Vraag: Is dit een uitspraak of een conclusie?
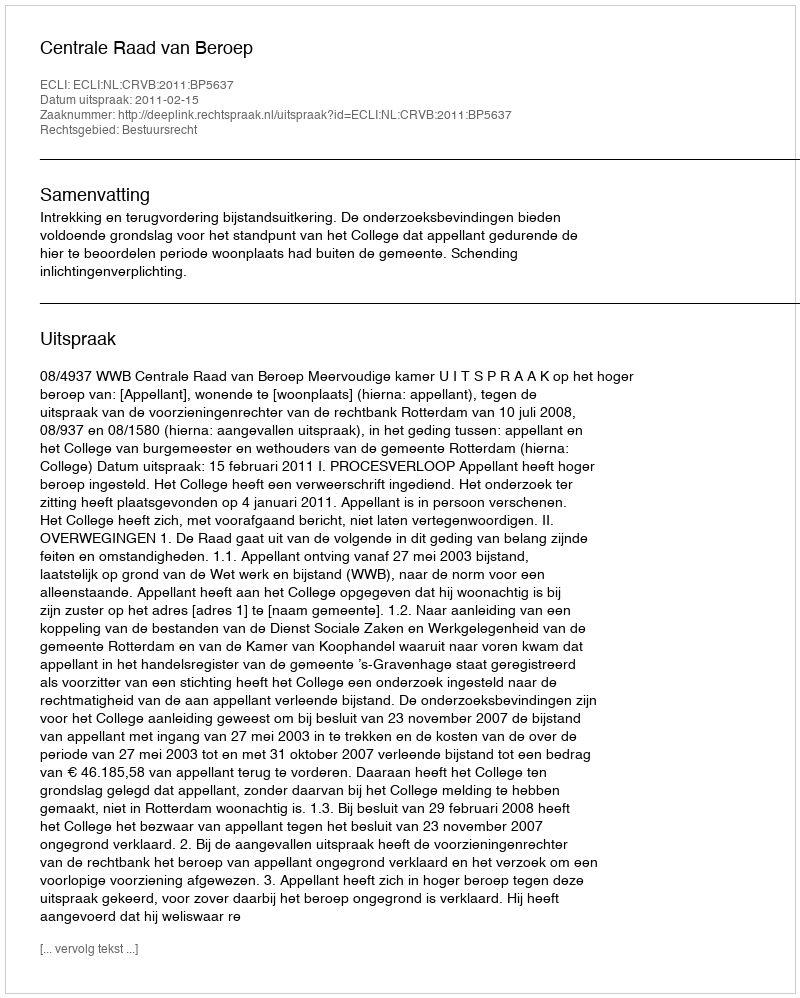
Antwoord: Uitspraak